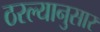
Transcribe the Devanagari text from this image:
ठरल्यानुसार